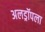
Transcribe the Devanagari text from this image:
अलड्रॉपला